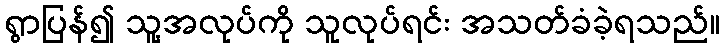
ရွာပြန်၍ သူ့အလုပ်ကို သူလုပ်ရင်း အသတ်ခံခဲ့ရသည်။